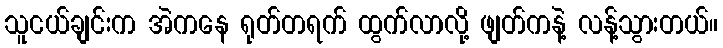
သူငယ်ချင်းက အဲကနေ ရုတ်တရက် ထွက်လာလို့ ဖျတ်ကနဲ့ လန့်သွားတယ်။